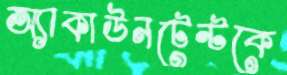
অ্যাকাউনটেন্টকে